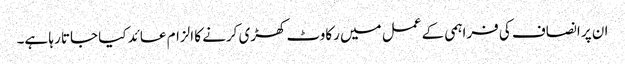
ان پر انصاف کی فراہمی کے عمل میں رکاوٹ کھڑی کرنے کا الزام عائد کیا جاتا رہا ہے۔